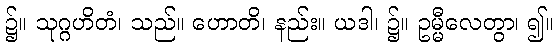
၌။ သုဂ္ဂဟိတံ၊ သည်။ ဟောတိ၊ နည်း။ ယဒါ၊ ၌။ ဥမ္မီလေတွာ၊ ၍။